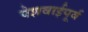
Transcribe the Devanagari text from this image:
पेशवाईपूर्व